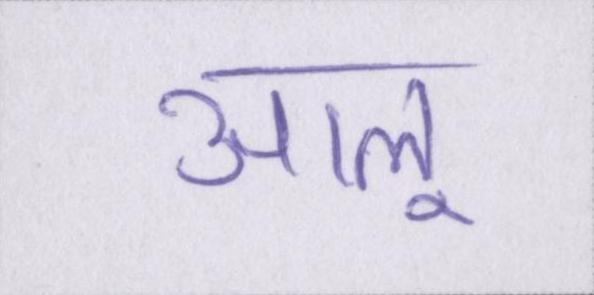
आलू